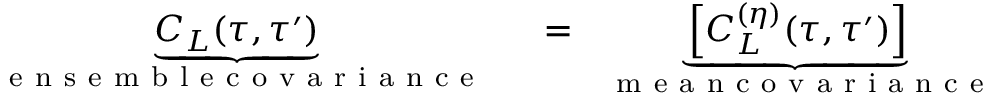
\begin{array} { r l } { \underbrace { C _ { L } ( \tau , \tau ^ { \prime } ) } _ { \mathrm { ~ \textrm ~ { ~ e ~ n ~ s ~ e ~ m ~ b ~ l ~ e ~ c ~ o ~ v ~ a ~ r ~ i ~ a ~ n ~ c ~ e ~ } ~ } } } & { { } = \underbrace { \left[ C _ { L } ^ { ( \eta ) } ( \tau , \tau ^ { \prime } ) \right] } _ { \mathrm { ~ \textrm ~ { ~ m ~ e ~ a ~ n ~ c ~ o ~ v ~ a ~ r ~ i ~ a ~ n ~ c ~ e ~ } ~ } } } \end{array}